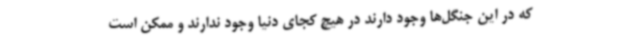
که در این جنگل‌ها وجود دارند در هیچ کجای دنیا وجود ندارند و ممکن است